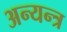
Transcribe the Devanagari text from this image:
अन्यन्त्र